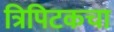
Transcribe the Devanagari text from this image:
त्रिपिटकचा